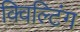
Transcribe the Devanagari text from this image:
क्विल्टिंग